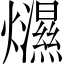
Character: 𤒴